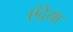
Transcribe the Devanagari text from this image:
एंद्रेया